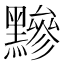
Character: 黲